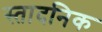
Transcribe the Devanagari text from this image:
स्तादनिक